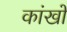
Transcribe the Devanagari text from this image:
कांखों